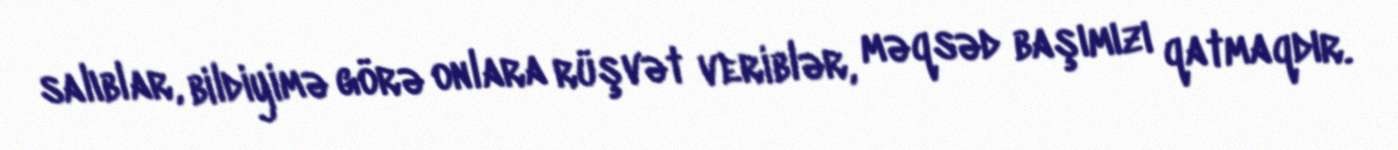
salıblar, bildiyimə görə onlara rüşvət veriblər, məqsəd başımızı qatmaqdır.